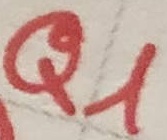
Text: Q1